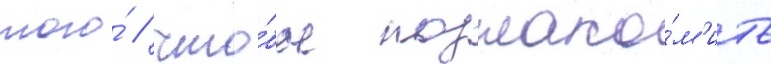
того́ / что́бы познако́м'ить